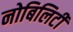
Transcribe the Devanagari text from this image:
नोबिलिटी